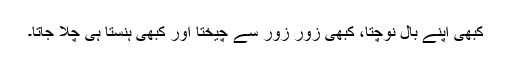
کبھی اپنے بال نوچتا، کبھی زور زور سے چیختا اور کبھی ہنستا ہی چلا جاتا۔